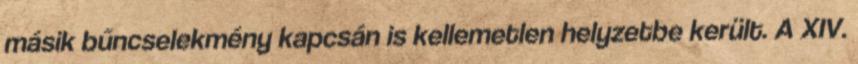
másik bűncselekmény kapcsán is kellemetlen helyzetbe került. A XIV.